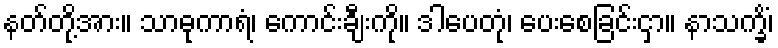
နတ်တို့အား။ သာဓုကာရံ၊ ကောင်းချီးကို။ ဒါပေတုံ၊ ပေးစေခြင်းငှာ။ နာသက္ခိံ၊